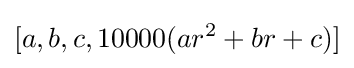
[a,b,c,10000(ar^{2}+br+c)]